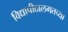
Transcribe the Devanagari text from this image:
विद्यापीठालगतच्या